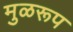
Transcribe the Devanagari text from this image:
मुळरूप